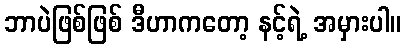
ဘာပဲဖြစ်ဖြစ် ဒီဟာကတော့ နင့်ရဲ့ အမှားပါ။